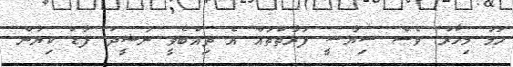
ހަމަ މިހާރު ވެސް ސިޔާސީ ފަރާތްތައް އެ ތިއްބެވީ ނަޝީދު ފާޑު ކިޔަން